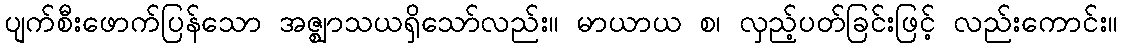
ပျက်စီးဖောက်ပြန်သော အဇ္ဈာသယရှိသော်လည်း။ မာယာယ စ၊ လှည့်ပတ်ခြင်းဖြင့် လည်းကောင်း။